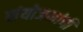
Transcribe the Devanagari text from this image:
संयोजकांची